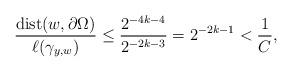
LaTeX: \begin{align*}\frac{{\rm dist}(w,\partial\Omega)}{\ell(\gamma_{y,w})} \le\frac{2^{-4k-4}}{2^{-2k-3}} = 2^{-2k-1} < \frac{1}{C},\end{align*}